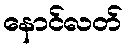
နောင်လတ်